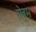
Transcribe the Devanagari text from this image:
सेबुम